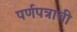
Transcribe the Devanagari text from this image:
पर्णपत्राची